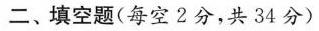
二、填空题(每空2分，共34分)